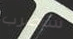
سأضرب